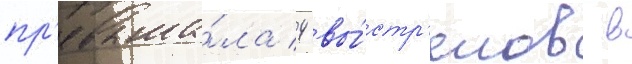
пр'евыша́ла 4 вы́стр'елов в